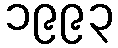
၁၉၉၃